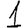
Digit: 1